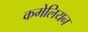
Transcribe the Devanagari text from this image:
कमेलियन